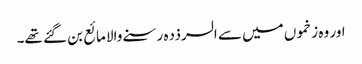
اور وہ زخموں میں سے السرذدہ رسنے والا مائع بن گئے تھے۔